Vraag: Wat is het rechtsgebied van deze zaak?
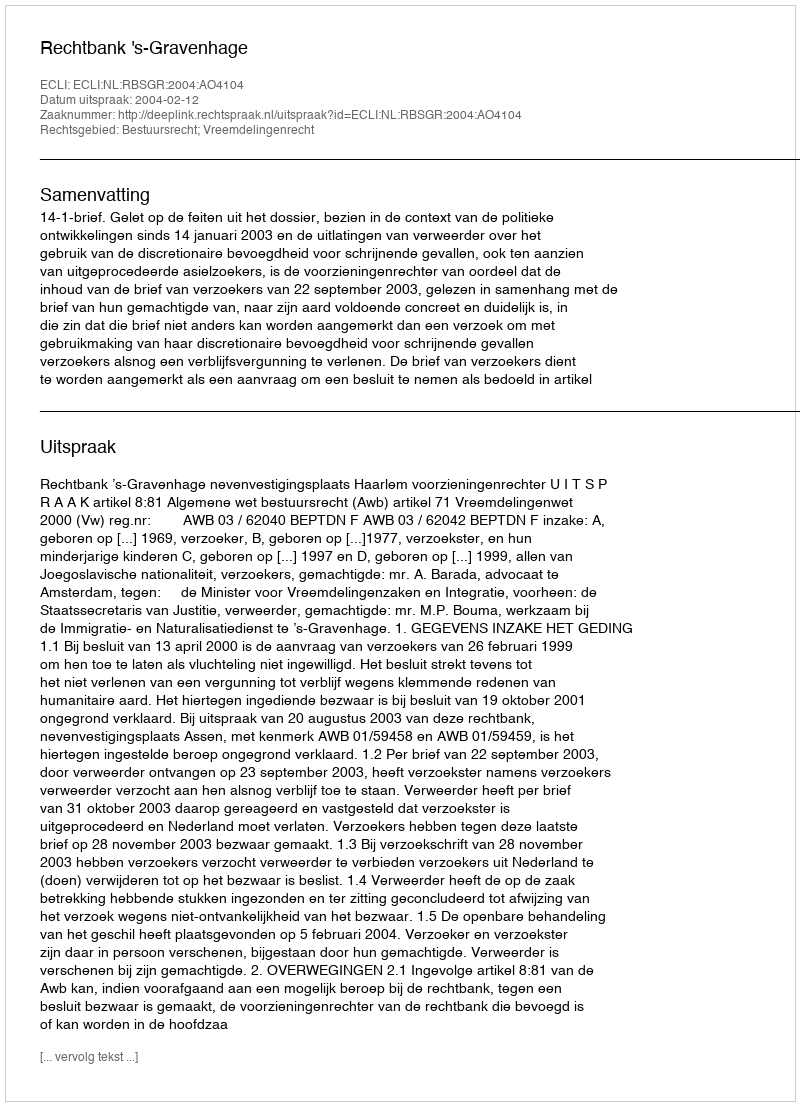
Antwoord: Bestuursrecht; Vreemdelingenrecht